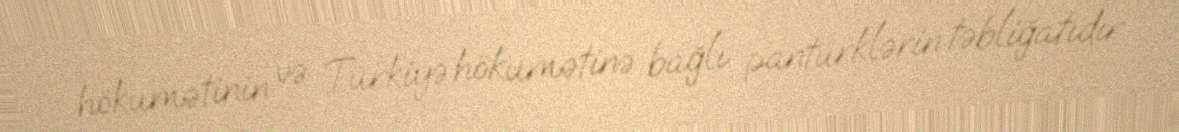
hökumətinin və Türkiyə hökumətinə bağlı pantürklərin təbliğatıdır.